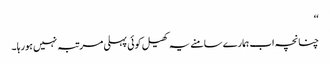
‘‘
چنانچہ اب ہمارے سامنے یہ کھیل کوئی پہلی مرتبہ نہیں ہورہا ۔